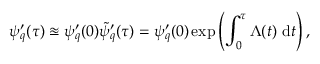
\psi _ { q } ^ { \prime } ( \tau ) \approxeq \psi _ { q } ^ { \prime } ( 0 ) \tilde { \psi } _ { q } ^ { \prime } ( \tau ) = \psi _ { q } ^ { \prime } ( 0 ) \exp \left( \int _ { 0 } ^ { \tau } \Lambda ( t ) \mathrm { ~ d } t \right) ,